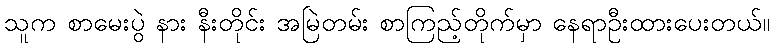
သူက စာမေးပွဲ နား နီးတိုင်း အမြဲတမ်း စာကြည့်တိုက်မှာ နေရာဦးထားပေးတယ်။